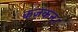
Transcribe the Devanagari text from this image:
कज़कन।